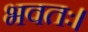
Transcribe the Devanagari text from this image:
भवतः।